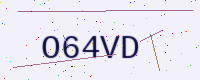
Text: O64VD